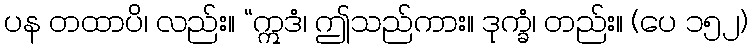
ပန တထာပိ၊ လည်း။ “ဣဒံ၊ ဤသည်ကား။ ဒုက္ခံ၊ တည်း။ (ပေ ၁၅၂)